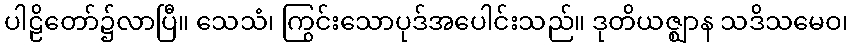
ပါဠိတော်၌လာပြီ။ သေသံ၊ ကြွင်းသောပုဒ်အပေါင်းသည်။ ဒုတိယဇ္ဈာန သဒိသမေဝ၊